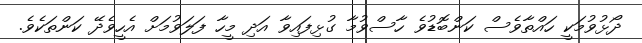
ދޯޅުވުމަކީ ހައްތާވެސް ކަންބޮޑުވެ ހާސްވުމާ ގުޅިފައިވާ އަދި މީހާ ފަލަވުމަށް އެހީވެދޭ ކަންތަކެވެ.